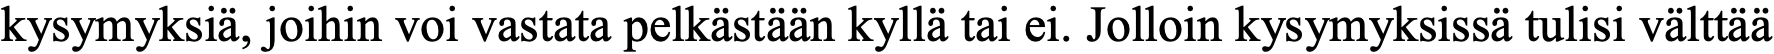
kysymyksiä, joihin voi vastata pelkästään kyllä tai ei. Jolloin kysymyksissä tulisi välttää